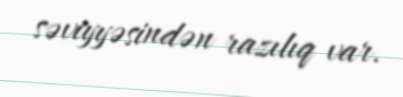
səviyyəsindən razılıq var.